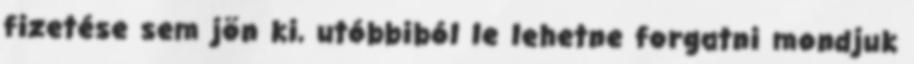
fizetése sem jön ki, utóbbiból le lehetne forgatni mondjuk